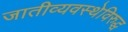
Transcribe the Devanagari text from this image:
जातीव्यवस्थेविरुद्ध